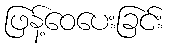
ဖြန့်ဝေပေးခြင်း